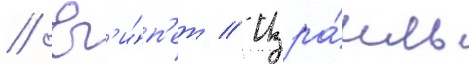
// Ег'и́п'ет // Изра́иль